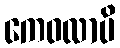
ကေဝလာပိ